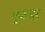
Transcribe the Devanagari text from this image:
गुप्तसर